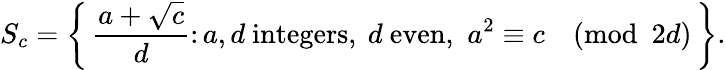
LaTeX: S_{c}=\left\{ \, {\frac{a+{\sqrt{c}}}{d}}\colon a,d{\mathrm{~integers,~}}d{\mathrm{~even}},\, \, a^{2}\equiv c{\pmod{2d}}\, \right\} .